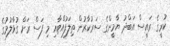
ކުރީގެ ރައީސް އަބްދު ޔާމީންގެ ސަރުކާރުން ތިލަފުއްޓާއި މި ފަސް ރަށް ގުޅާލުމުގެ